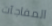
المفاجآت